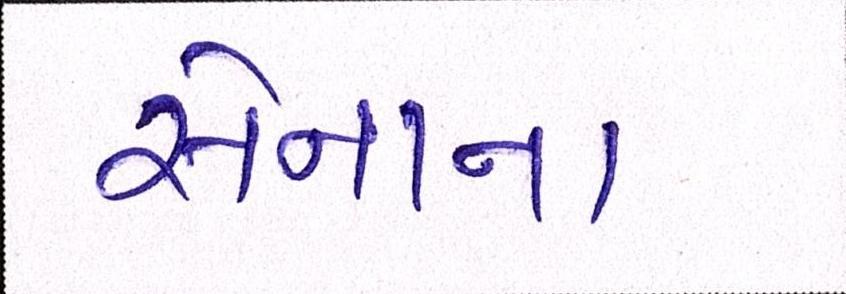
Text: સેનાના